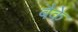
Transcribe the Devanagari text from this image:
बैके